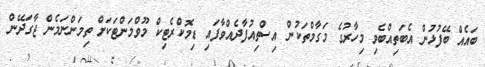
ބައެއް ބޭފުޅުން އެބަތިއްބެވި މިހާރުގެ މަގާމްތަކުން އިސްތިއުފާދެއްވާފައި ޑިމޮކްރެޓިކް މޫވްމަންޓަކަށް ތިމަންނަމެން ޖާގަދޭން